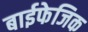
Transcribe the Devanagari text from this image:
बाईफेजिक